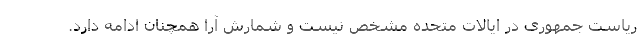
ریاست جمهوری در ایالات متحده مشخص نیست و شمارش آرا همچنان ادامه دارد.